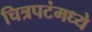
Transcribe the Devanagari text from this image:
चित्रपटंमध्ये